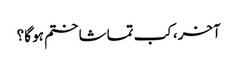
آخر، کب تماشا ختم ہو گا؟